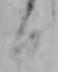
日